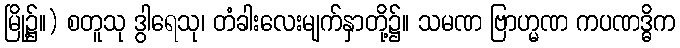
မြို့၌။) စတူသု ဒွါရေသု၊ တံခါးလေးမျက်နှာတို့၌။ သမဏ ဗြာဟ္မဏ ကပဏဒ္ဓိက